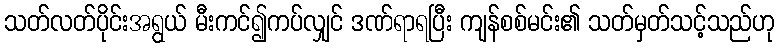
သတ်လတ်ပိုင်းအရွယ် မီးကင်၍ကပ်လျှင် ဒဏ်ရာရပြီး ကျန်စစ်မင်း၏ သတ်မှတ်သင့်သည်ဟု